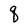
Character: q